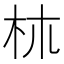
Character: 𣏕